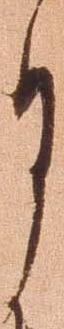
月